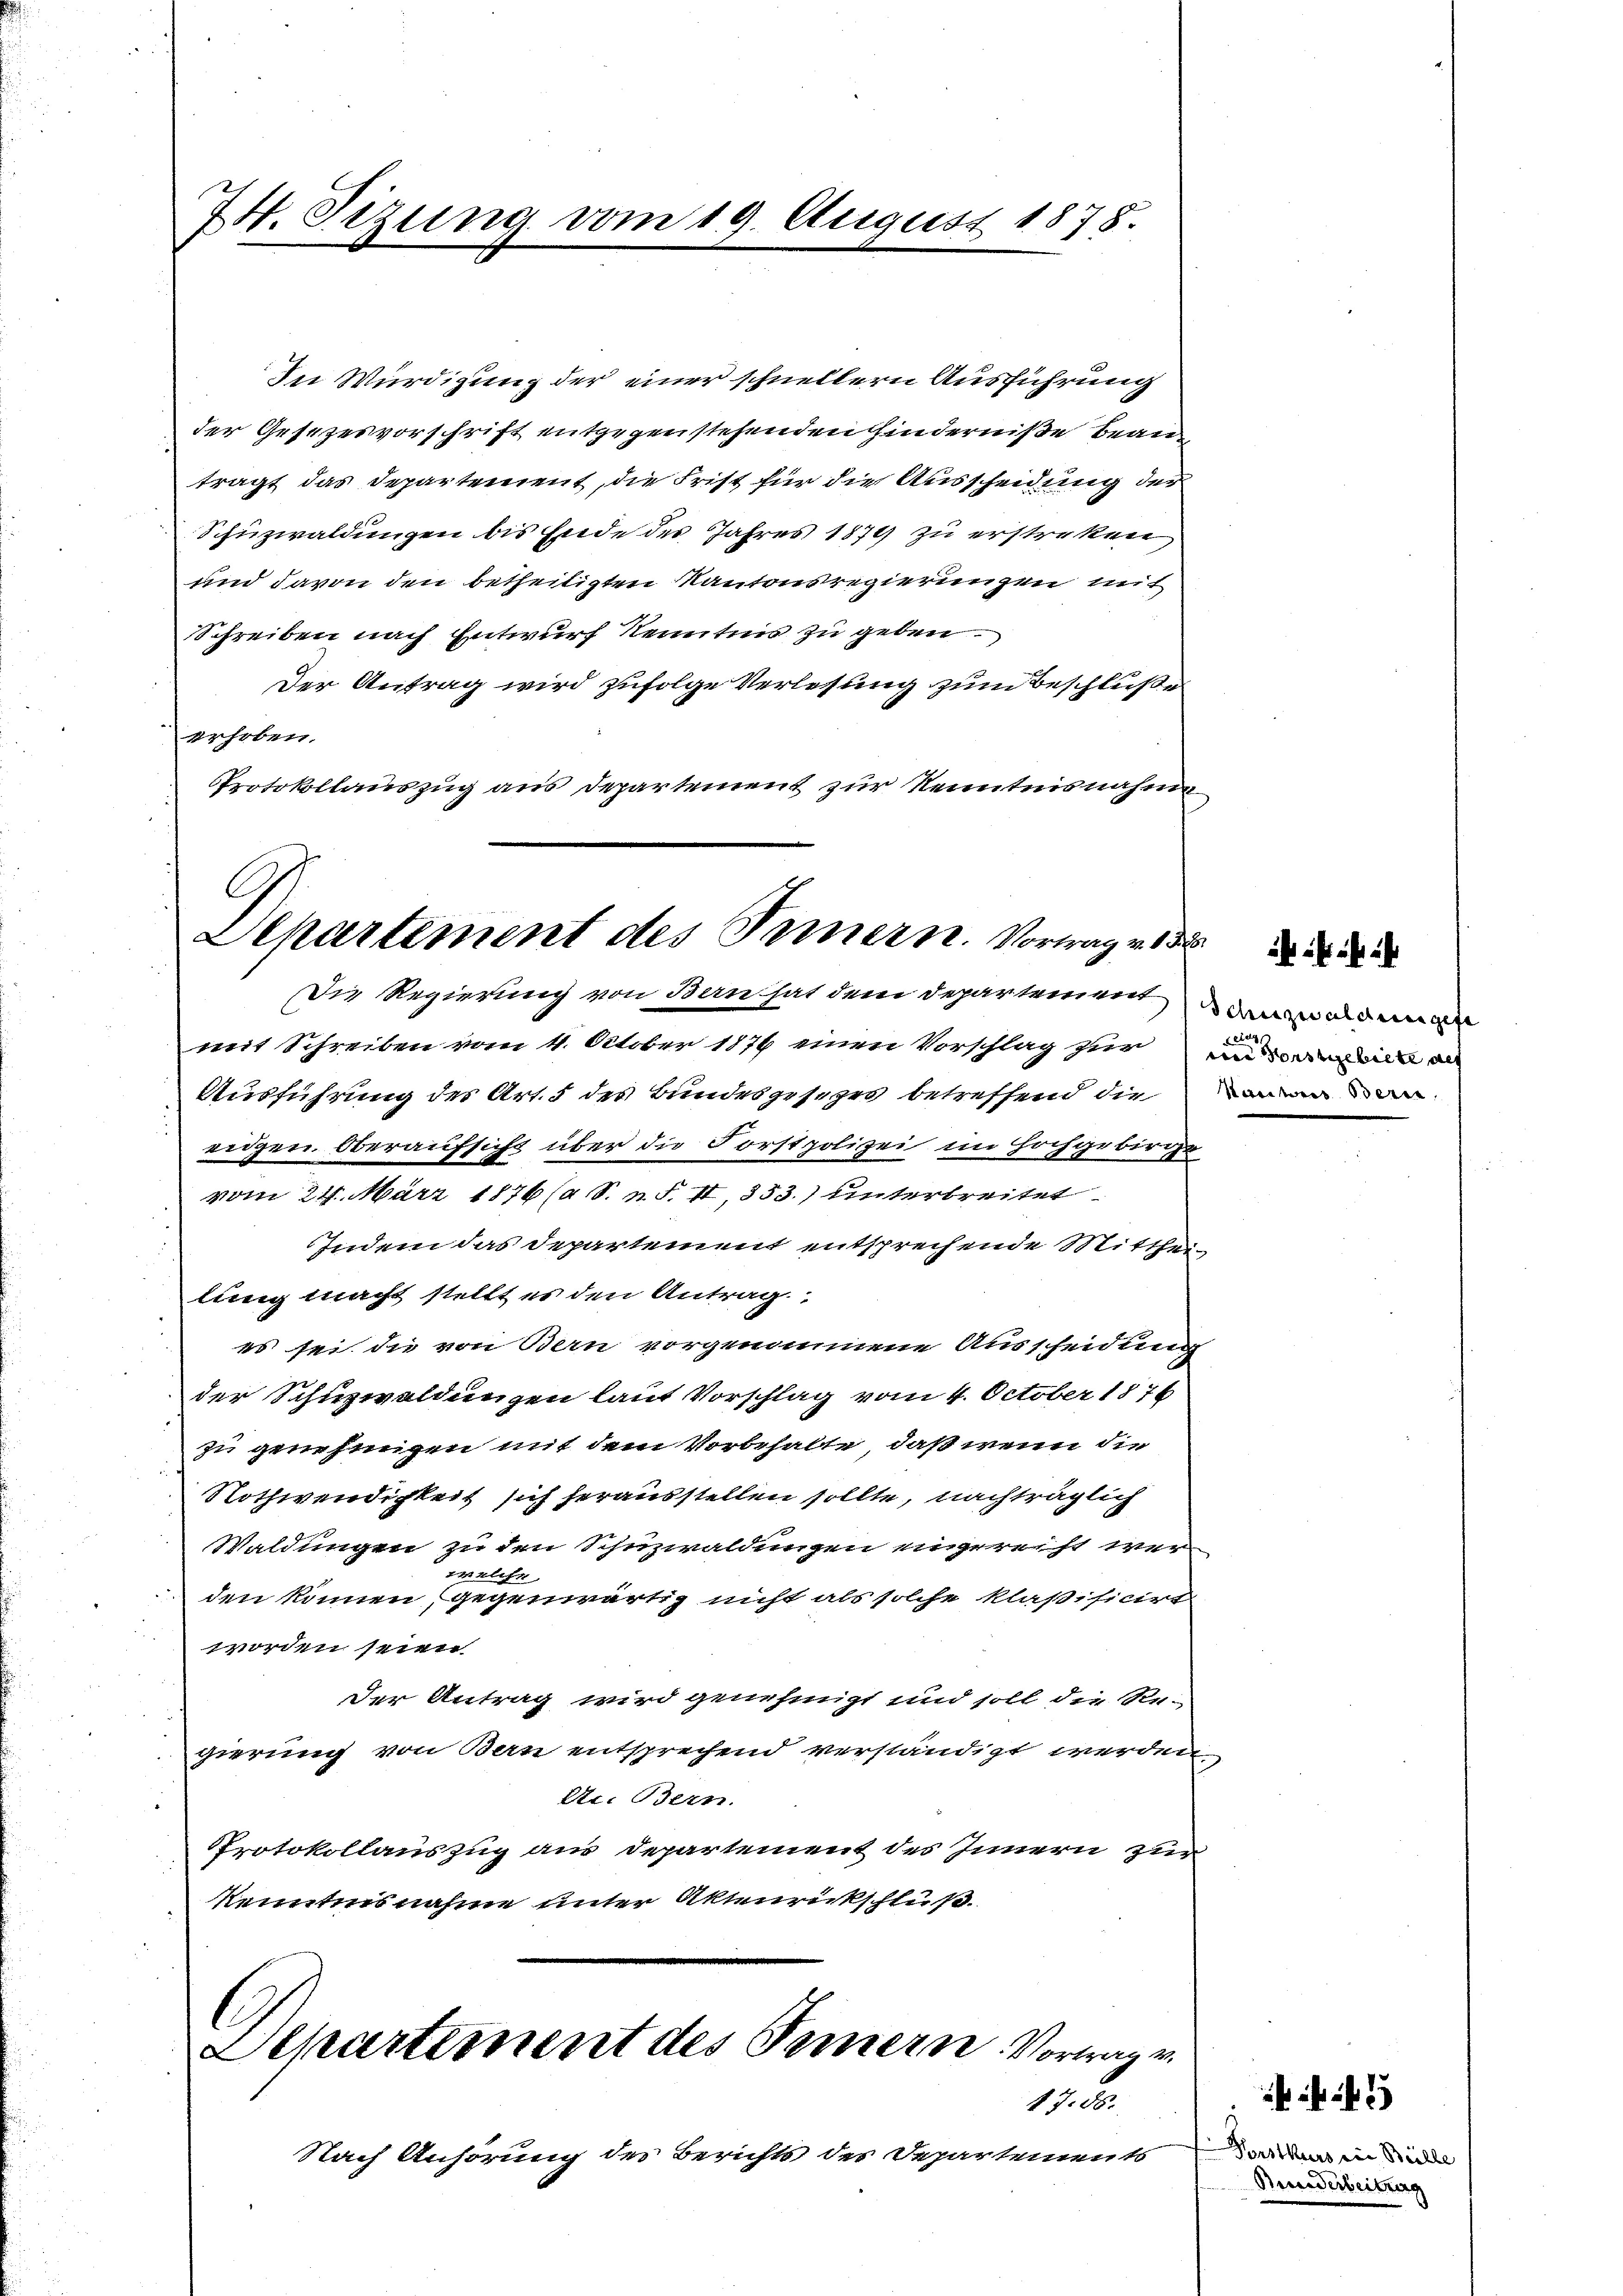
In Würdigung der einer schnellern Ausführung
der Gesezesvorschrift entgegenstehenden Kinderniße bean
trägt das Departement, die Frist für die Ausscheidung der
Schüzwaldungen bis Ende des Jahres 1874 zu erstreken
und davon den betheiligten Kantonsregierungen mit
Schreiben nach Entwurf Kenntnis zu geben.
Der Antrag wird zufolge Verlesung zum Beschluße
gehoben.
Protokollauszug aus Departement zur Kenntnisnahme

74. Sizung vom 19. August 1878.

C
Separtement des Innern. Vortrages des
Die Regierung von Bern hat dem Departement das ungen

Nach Anhörung der Berichts des Departements

mit Schreiben vom 4. October 1876 einen Vorschlag für ein ich an
Ausführung des Art. 5 des Bundesgesezes betreffend die
eidgen. Oberaufsicht über die Forstpolizei im Hochgebirge
vom 24. März 1876 (a S. n. F. II, 353.) unterbreitet
Indem das Departement entsprechende Mittheilung macht stellt es den Antrag.
es sei die von Bern vorgenommene Ausscheidung
der Schuzwaldungen laut Vorschlag vom 4. October 1876
zu genehmigen mit dem Vorbehalte, daß wenn die
Nothwendigkeit sich herausstellen sollte, nachträglich
Waldungen zu den Schnzwaldungen eingereiht werwelche
den können, gegenwärtig nicht als solche klaßificirt
worden seien
Der Antrag wird genehmigt und soll die Re-
gierung von Bern entsprechend verständigt werden
Dr. Bern.
Protokollauszug aus Departement des Innern zur
kenntnisnahme unter Aktenrickschluß

C
Separtiment des Innern. Vortrage
1730.

un
Kactoris Beri

Frstkurs die Bille
Breederbeitrag

2